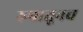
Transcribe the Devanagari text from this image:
रुपातूनच